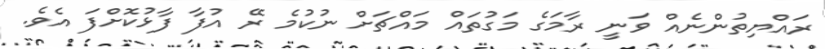
ރައްޔިތުންނެއް ވަނީ ރާމަގެ މަގުތައް މައްޗަށް ނުކުމެ ރޭ އުފާ ފާޅުކޮށްފަ އެވެ.